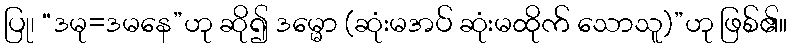
ပြု၊ “ဒမု=ဒမနေ”ဟု ဆို၍ ဒမ္မော (ဆုံးမအပ် ဆုံးမထိုက် သောသူ)”ဟု ဖြစ်၏။